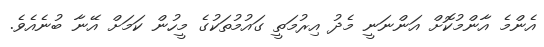
އެންމެ އާންމުކޮށް އަންނަނީ މެދު އިރުމަތީ ގައުމުތަކުގެ މީހުން ކަމަށް އޭނާ ބުނެއެވެ.